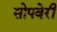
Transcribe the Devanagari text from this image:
सोपबेरी